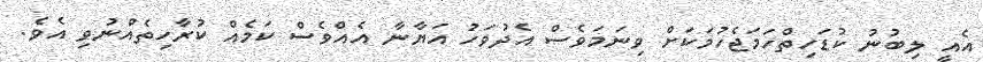
އެއީ ލިބުނު ކުޑަހިތްހަމަޖެހުމަކަށް ވިނަމަވެސް އެދުވަހު އަޔާނާ އެއްވެސް ކަމެއް ކުރާހިތެއްނުވި އެވެ.